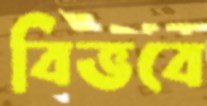
বিভবে